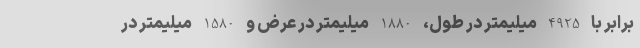
برابر با 4925 میلیمتر در طول، 1880 میلیمتر در عرض و 1580 میلیمتر در